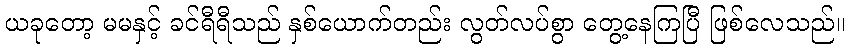
ယခုတော့ မမနှင့် ခင်ရီရီသည် နှစ်ယောက်တည်း လွတ်လပ်စွာ တွေ့နေကြပြီ ဖြစ်လေသည်။